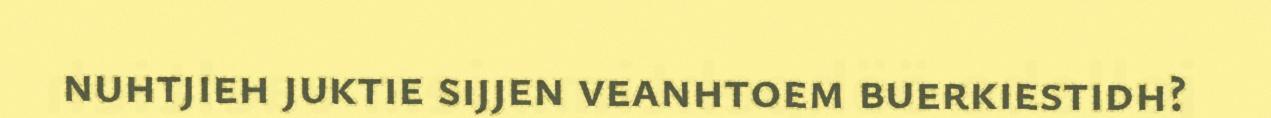
nuhtjieh juktie sijjen veanhtoem buerkiestidh?